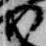
尉